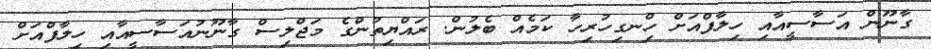
ގާނޫން އަސާސީއާއި ހިލާފްއަށް ހިްނގިހުރިހާ ކަމެއް ބެލުން. ރައްޔިތުންގެ މަޖްލިސް ގާނޫނުއަސާސީއާއި ހިލާފްއަށް